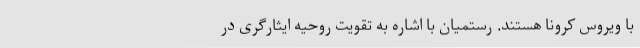
با ویروس کرونا هستند. رستمیان با اشاره به تقویت روحیه ایثارگری در